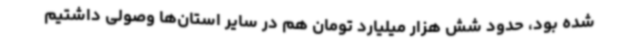
شده بود، حدود شش هزار میلیارد تومان هم در سایر استان‌ها وصولی داشتیم